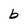
Character: b